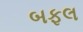
બફલ